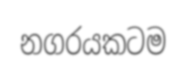
නගරයකටම